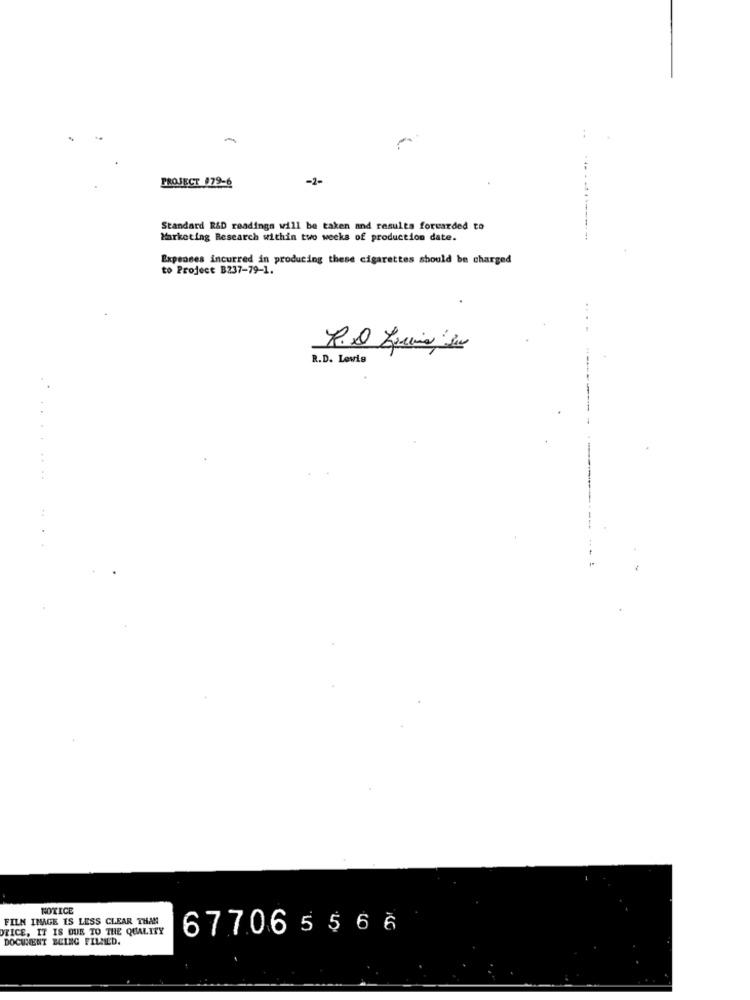
-
PROJECT 179-6
-2-
Standard R&D readings will be taken and results forwarded to
Marketing Research within two weeks of production date.
Expenses incurred in producing these cigarettes should be charged
to Project B237-79-1.
R.D. Lewis
NOTICE
FILM IMAGE IS LESS CLEAR THAN
OTICE, IT IS DUE TO THE QUALITY
67706556 6
DOCUMENT BEING FILMED.